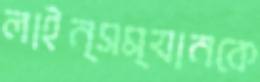
লাইন্সম্যানকে